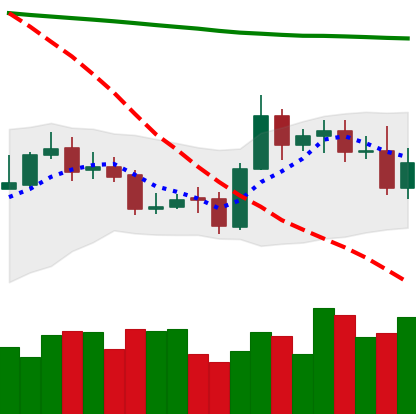
Ticker: ETC-USD
Chart end date: 2020-10-29
Forward return: -10.076%
Label: down_7plus